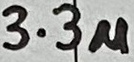
Text: 3.3u